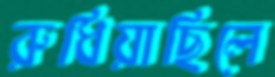
রুধিয়াছিলে